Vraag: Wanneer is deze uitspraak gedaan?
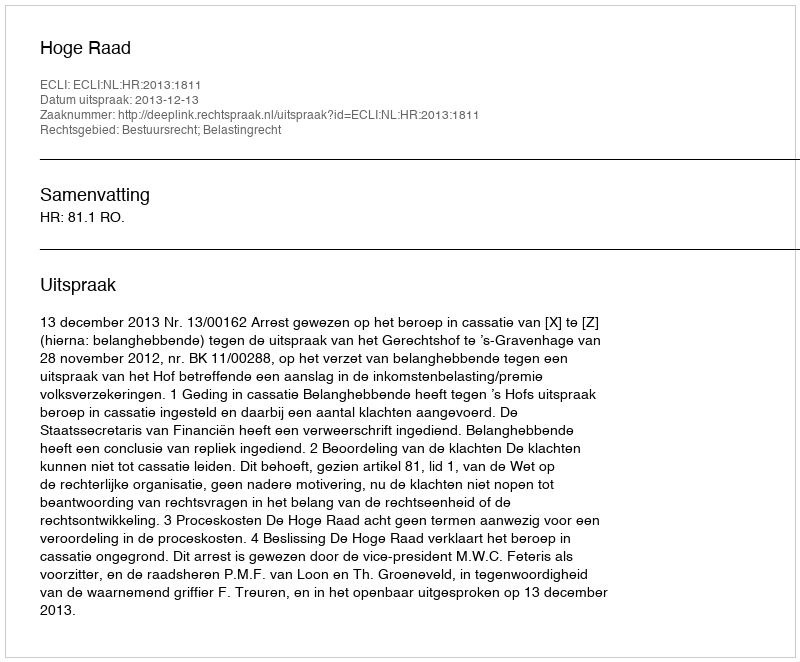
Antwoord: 2013-12-13